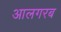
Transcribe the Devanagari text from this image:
आलगरब